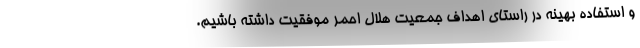
و استفاده بهینه در راستای اهداف جمعیت هلال احمر موفقیت داشته باشیم.